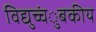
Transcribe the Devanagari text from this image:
विद्युच्चंुबकीय